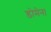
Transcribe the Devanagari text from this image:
डोमेन।